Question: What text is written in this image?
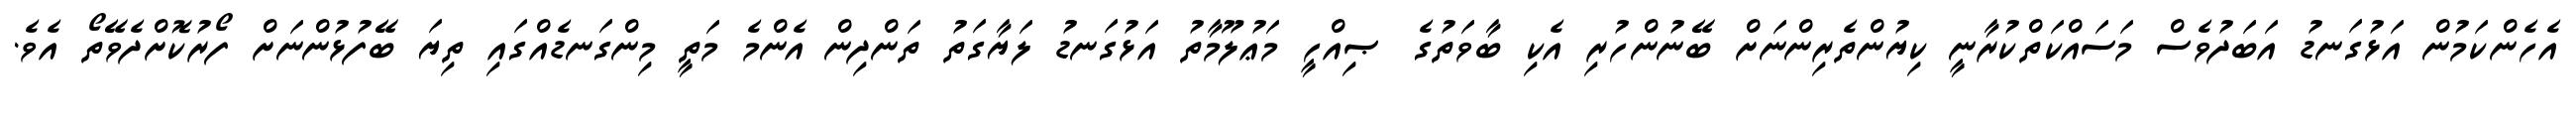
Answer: އެހެންކަމުން އަޅުގަނޑު އަބަދުވެސް މަސައްކަތްކުރާނީ ކިޔުންތެރިންނަށް ބޭނުންހުރި އެކި ބާވަތުގެ ޞިއްހީ މަޢުލޫމާތު އަޅުގަނޑު ލަޔާގަތު ތަންދިން އެންމެ މަތީ މިންގަނޑެއްގައި ތިޔަ ބޭފުޅުންނަށް ފޯރުކޮށްދެވޭތޯ އެވެ.